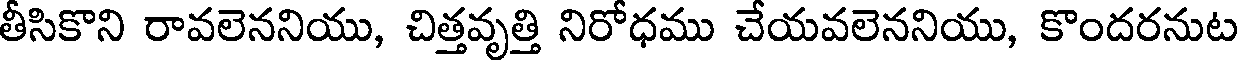
తీసికొని రావలెననియు, చిత్తవృత్తి నిరోధము చేయవలెననియు, కొందరనుట